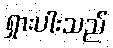
ရှားပါးသည်